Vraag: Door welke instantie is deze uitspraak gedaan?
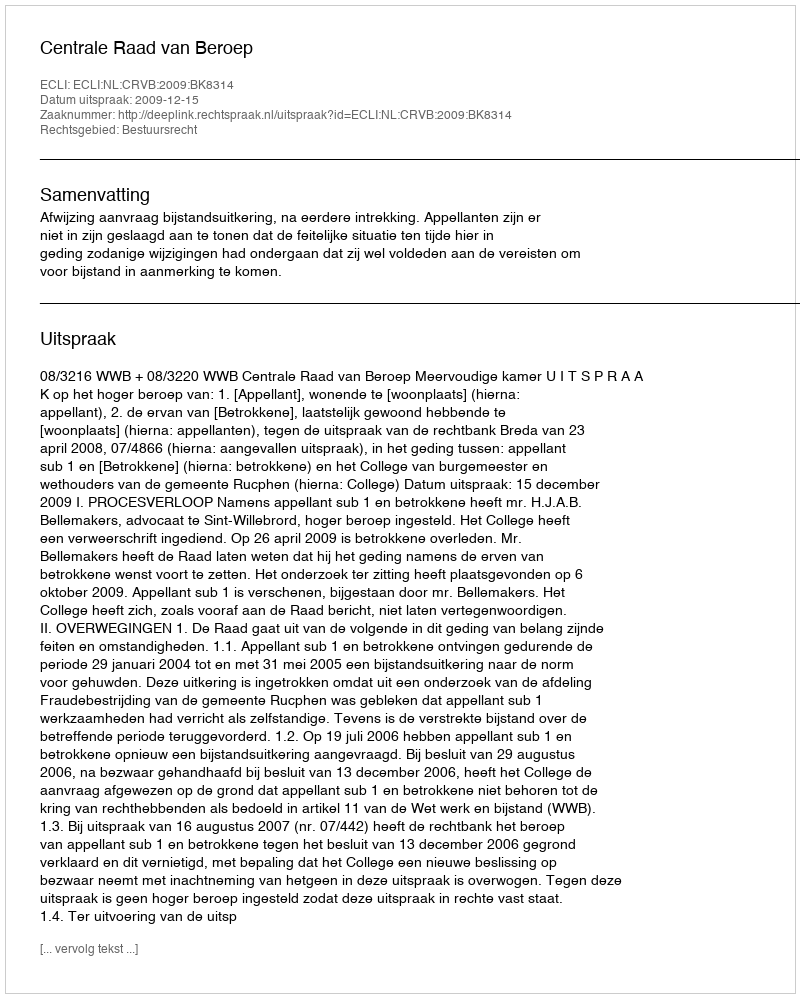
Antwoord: Centrale Raad van Beroep